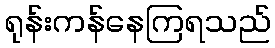
ရုန်းကန်နေကြရသည်